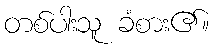
တစ်ပါးသူ ခံစား၏။